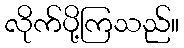
လိုက်ပို့ကြသည်။